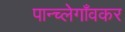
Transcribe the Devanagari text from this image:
पान्च्लेगाँवकर